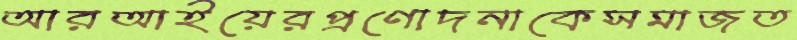
আরআইয়েরপ্রণোদনাকেসমাজত